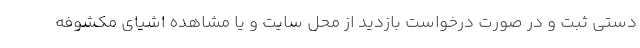
دستی ثبت و در صورت درخواست بازدید از محل سایت و یا مشاهده اشیای مکشوفه